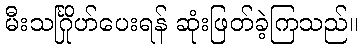
မီးသင်္ဂြိုဟ်ပေးရန် ဆုံးဖြတ်ခဲ့ကြသည်။